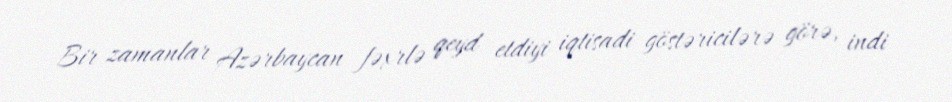
Bir zamanlar Azərbaycan fəxrlə qeyd etdiyi iqtisadi göstəricilərə görə, indi